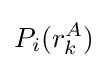
P_{i}(r_{k}^{A})